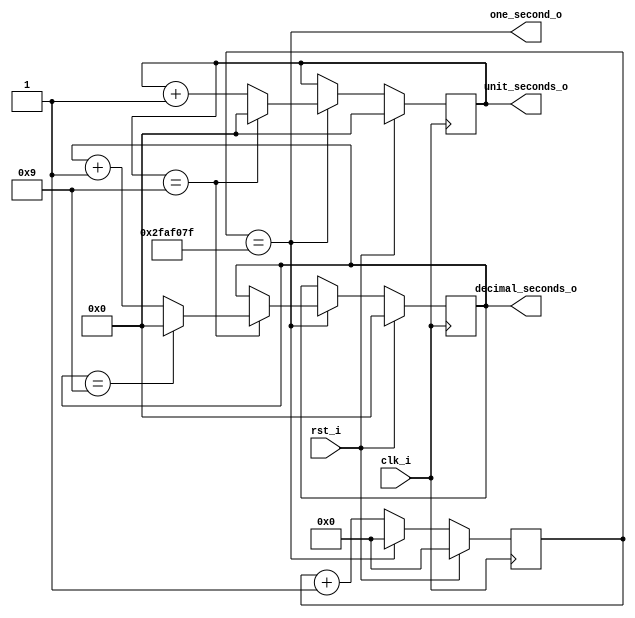
module digital_clock
#(parameter SIZE = 4)
(
	clk_i, 
	rst_i,
	one_second_o,
	unit_seconds_o,
	decimal_seconds_o
);

input  wire  				 clk_i; 
input  wire 				 rst_i;
output wire 				 one_second_o;
output wire [SIZE-1 : 0] unit_seconds_o;
output wire [SIZE-1 : 0] decimal_seconds_o;

localparam N = 26;

reg [N-1:0] 		slow_clk;
reg [SIZE-1 : 0]  r_unit_seconds;
reg [SIZE-1 : 0]  r_decimal_seconds;
  
wire enable;

always @(posedge clk_i) begin
	if (rst_i == 1'b1)
		slow_clk <= 26'b0;
	else begin
		if (slow_clk == 26'd49999999) slow_clk <= 26'b0;
		else slow_clk <= slow_clk + 1'b1;
	end
end

always @ (posedge clk_i) begin
	if (rst_i == 1'b1) begin
		r_unit_seconds <= 4'b0;
		r_decimal_seconds <= 4'b0;
	end
	else begin
	
	
		if (enable == 1'b1)
			if (r_unit_seconds == 4'b1001) // COUNT UNIT
			begin 
				r_unit_seconds <= 4'b0; 
				r_decimal_seconds <= r_decimal_seconds + 1'b1;
				if (r_decimal_seconds == 4'b1001) r_decimal_seconds <= 1'b0; // CLEAR DECIMAL
			end
			else  r_unit_seconds <= r_unit_seconds + 1'b1;
	end 
end

assign enable = (slow_clk == 26'd49999999); //  1 segundo

assign one_second_o = enable;
assign unit_seconds_o = r_unit_seconds;
assign decimal_seconds_o = r_decimal_seconds;

endmodule